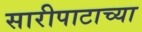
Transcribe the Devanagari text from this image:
सारीपाटाच्या